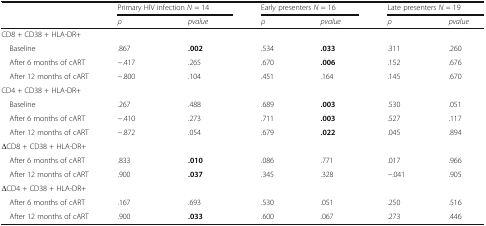
| <ROWSPAN=2>  | <COLSPAN=2> Primary HIV infection N = 14 | <COLSPAN=2> Early presenters N = 16 | <COLSPAN=2> Late presenters N = 19 |
 | ρ | pvalue | ρ | pvalue | ρ | pvalue |
 | --- | --- | --- | --- | --- | --- | --- |
 | <COLSPAN=7> CD8 + CD38 + HLA-DR+ |
 | Baseline | .867 | .002 | .534 | .033 | .311 | .260 |
 | After 6 months of cART | −.417 | .265 | .670 | .006 | .152 | .676 |
 | After 12 months of cART | −.800 | .104 | .451 | .164 | .145 | .670 |
 | <COLSPAN=7> CD4 + CD38 + HLA-DR+ |
 | Baseline | .267 | .488 | .689 | .003 | .530 | .051 |
 | After 6 months of cART | −.410 | .273 | .711 | .003 | .527 | .117 |
 | After 12 months of cART | −.872 | .054 | .679 | .022 | .045 | .894 |
 | <COLSPAN=7> ΔCD8 + CD38 + HLA-DR+ |
 | After 6 months of cART | .833 | .010 | .086 | .771 | .017 | .966 |
 | After 12 months of cART | .900 | .037 | .345 | .328 | −.041 | .905 |
 | <COLSPAN=7> ΔCD4 + CD38 + HLA-DR+ |
 | After 6 months of cART | .167 | .693 | .530 | .051 | .250 | .516 |
 | After 12 months of cART | .900 | .033 | .600 | .067 | .273 | .446 |